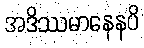
အဒိဿမာနေနပိ